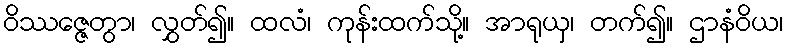
ဝိဿဇ္ဇေတွာ၊ လွှတ်၍။ ထလံ၊ ကုန်းထက်သို့။ အာရုယှ၊ တက်၍။ ဌာနံဝိယ၊